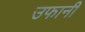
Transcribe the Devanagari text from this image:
उफानी